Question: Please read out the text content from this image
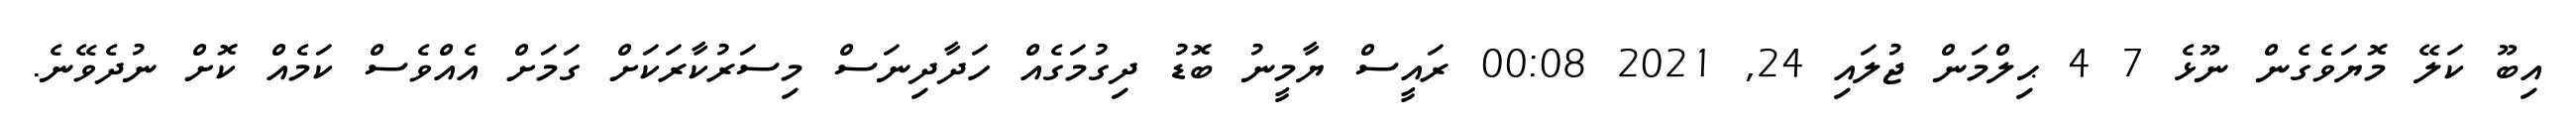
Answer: އިބޫ ކަލޭ މޮޔަވެގެން ނޫޅެ 7 4 ޙިލްމަން ޖުލައި 24, 2021 00:08 ރައީސް ޔާމީނު ބޮޑު ދިގުމަގެއް ހަދާދިނަސް މިސަރުކާރަކަށް ގަމަށް އެއްވެސް ކަމެއް ކޮށް ނުދެވޭނެ.